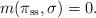
LaTeX: \begin{align*}m(\pi_{\rm ss}, \sigma) = 0.\end{align*}